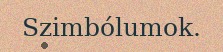
Szimbólumok.